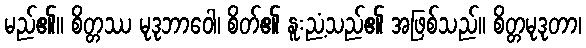
မည်၏။ စိတ္တဿ မုဒုဘာဝေါ၊ စိတ်၏ နူးညံ့သည်၏ အဖြစ်သည်။ စိတ္တမုဒုတာ၊